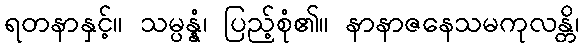
ရတနာနှင့်။ သမ္ပန္နံ၊ ပြည့်စုံ၏။ နာနာဇနေသမကုလန္တိ၊